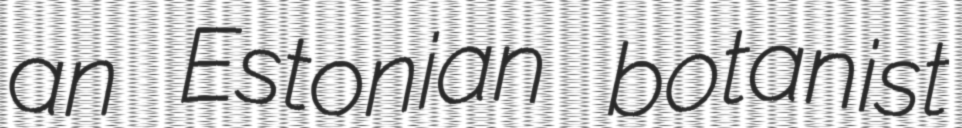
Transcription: an Estonian botanist